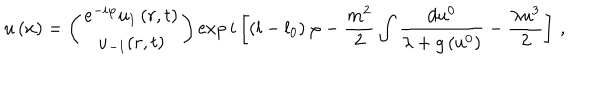
u \left( x \right) = \left( \begin{array} { c } { { e ^ { - i \varphi } u _ { 1 } \left( r , t \right) } } \\ { { u _ { - 1 } ( r , t ) } } \\ \end{array} \right) \exp i \left[ \left( l - l _ { 0 } \right) \varphi - \frac { m ^ { 2 } } { 2 } \int \frac { d u ^ { 0 } } { \lambda + g \left( u ^ { 0 } \right) } - \frac { \lambda u ^ { 3 } } { 2 } \right] \, ,